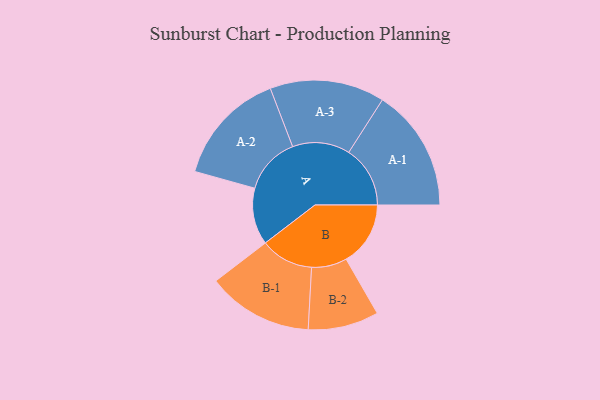
{"axis": {"x": "Segment", "y": "Value"}, "legend": ["", "A", "B"], "data": [{"x": "A", "y": 255, "type": ""}, {"x": "B", "y": 289, "type": ""}, {"x": "A-1", "y": 276, "type": "A"}, {"x": "A-2", "y": 257, "type": "A"}, {"x": "A-3", "y": 258, "type": "A"}, {"x": "B-1", "y": 238, "type": "B"}, {"x": "B-2", "y": 159, "type": "B"}]}